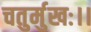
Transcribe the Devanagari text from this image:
चतुर्मुखः।।